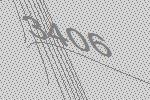
3406